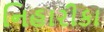
નિહારીકા